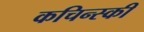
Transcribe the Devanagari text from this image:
कचिन्स्की